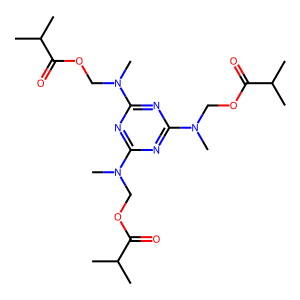
SMILES: CC(C)C(=O)OCN(C)c1nc(N(C)COC(=O)C(C)C)nc(N(C)COC(=O)C(C)C)n1
Inhibits HIV replication: No